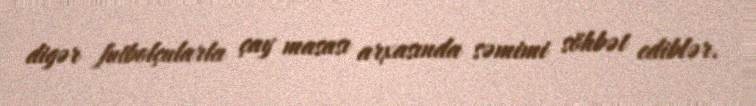
digər futbolçularla çay masası arxasında səmimi söhbət ediblər.